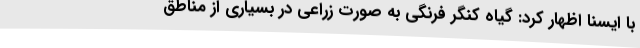
با ایسنا اظهار کرد: گیاه کنگر فرنگی به صورت زراعی در بسیاری از مناطق